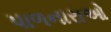
પાળનારાઓ